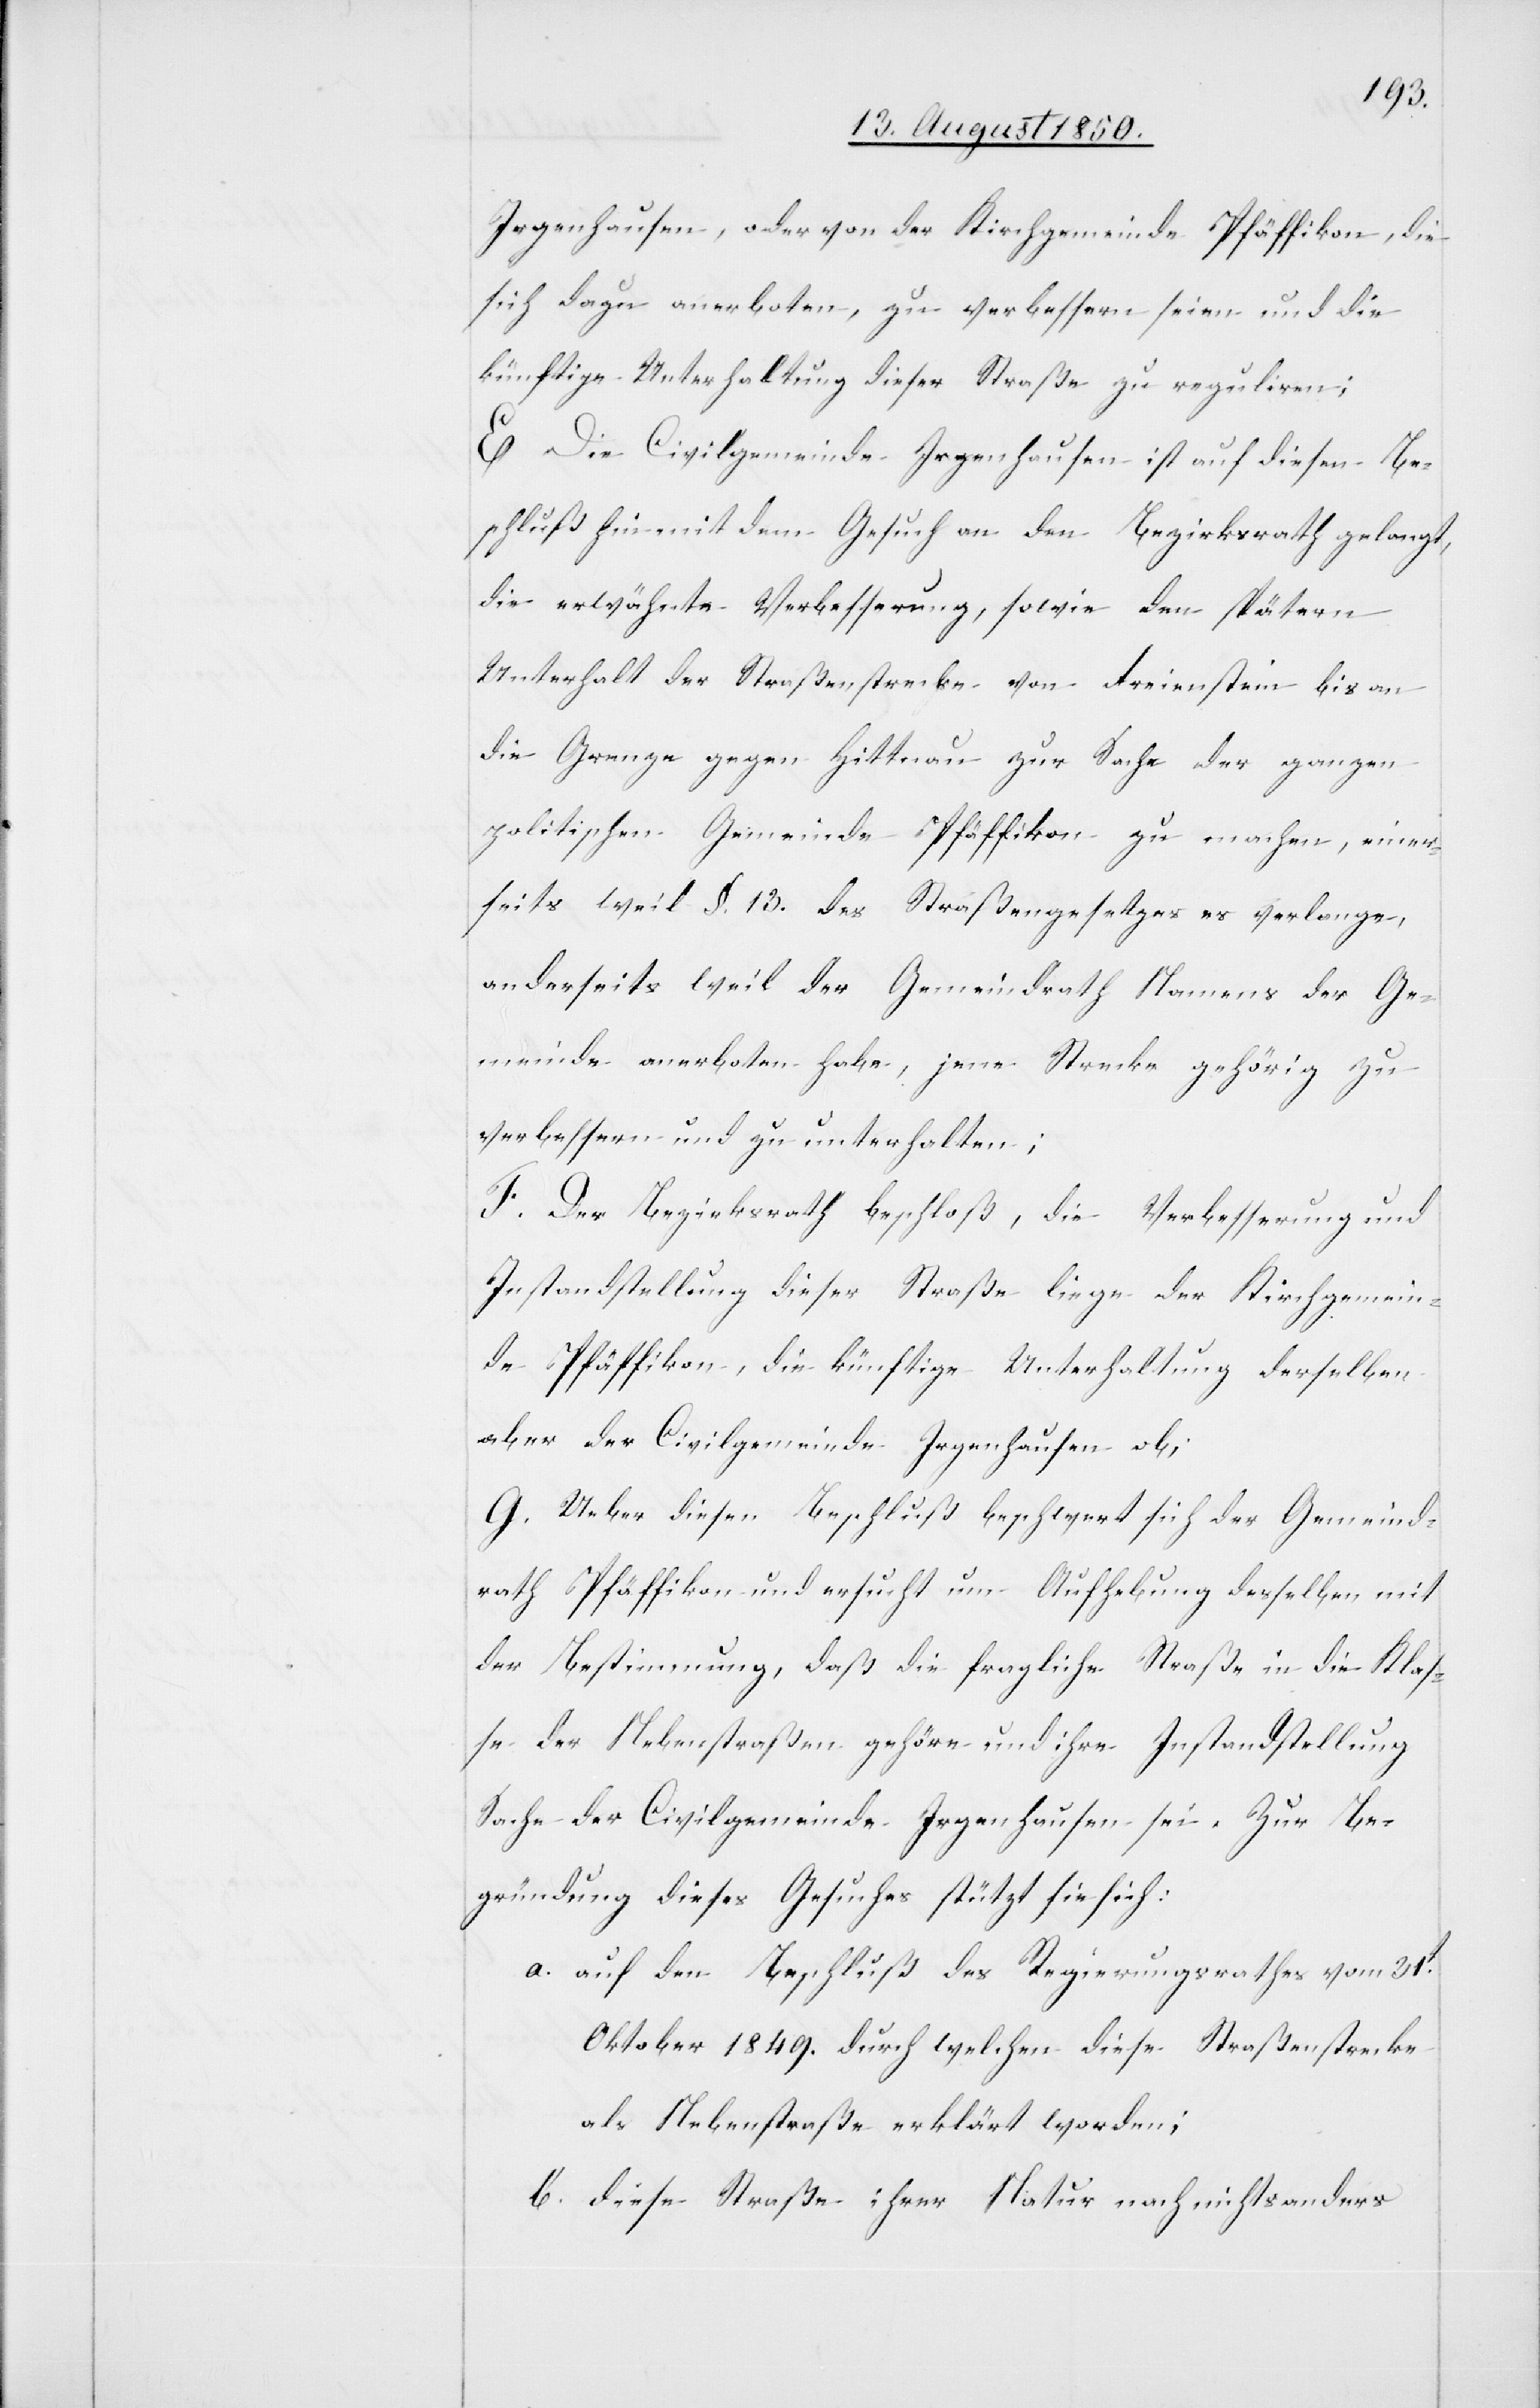
Irgenhausen, oder von der Kirchgemeinde Pfäffikon, die
sich dazu anerboten, zu verbessern seien und die
künftige Unterhaltung dieser Straße zu reguliren;
E Die Civilgemeinde Irgenhausen ist auf diesen Be¬
schluß hin mit dem Gesuch an den Bezirksrath gelangt,
die erwähnte Verbesserung, sowie den spätern
Unterhalt der Straßenstrecke von Freienstein bis an
die Grenze gegen Hittnau zur Sache der ganzen
politischen Gemeinde Pfäffikon zu machen, einer¬
seits weil §. 13. des Straßengesetzes es verlange,
anderseits weil der Gemeindrath Namens der Ge¬
meinde anerboten habe, jene Strecke gehörig zu
verbessern und zu unterhalten;
F. Der Bezirksrath beschloß, die Verbesserung und
Instandstellung dieser Straße liege der Kirchgemein¬
de Pfäffikon, die künftige Unterhaltung derselben
aber der Civilgemeinde Irgenhausen ob;
G. Ueber diesen Beschluß beschwert sich der Gemeind¬
rath Pfäffikon und ersucht um Aufhebung desselben mit
der Bestimmung, daß die fragliche Straße in die Klas¬
se der Nebenstraßen gehöre und ihre Instandstellung
Sache der Civilgemeinde Irgenhausen sei. Zur Be¬
gründung dieses Gesuches stütz sie sich:
a. auf den Beschluß des Regierungsrathes vom 31t
Oktober 1849. durch welchen diese Straßenstrecke
als Nebenstraße erklärt worden;
b. diese Straße ihrer Natur nach nichts anders